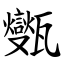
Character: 㽊